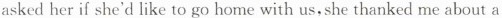
asked her if she'd like to go home with us,she thanked me about a